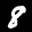
Label: 8